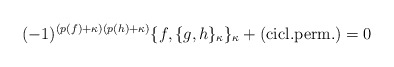
\begin{align*}( -1)^{(p(f)+\kappa)(p(h)+\kappa)}\{ f,\{ g, h \}_{\kappa}\}_\kappa +{\rm{(cicl. perm.)}} = 0\end{align*}